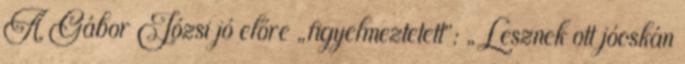
A Gábor Józsi jó előre „figyel­meztetett”: „Lesznek ott jócskán